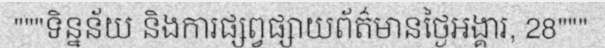
"""ទិន្នន័យ និងការផ្សព្វផ្សាយព័ត៌មានថ្ងៃអង្គារ, 28"""